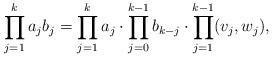
LaTeX: \begin{align*}\prod_{j=1}^k a_jb_j=\prod_{j=1}^k a_j\cdot \prod_{j=0}^{k-1} b_{k-j}\cdot \prod_{j=1}^{k-1}(v_j,w_j),\end{align*}